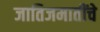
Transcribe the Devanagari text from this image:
जातिजमातींचे